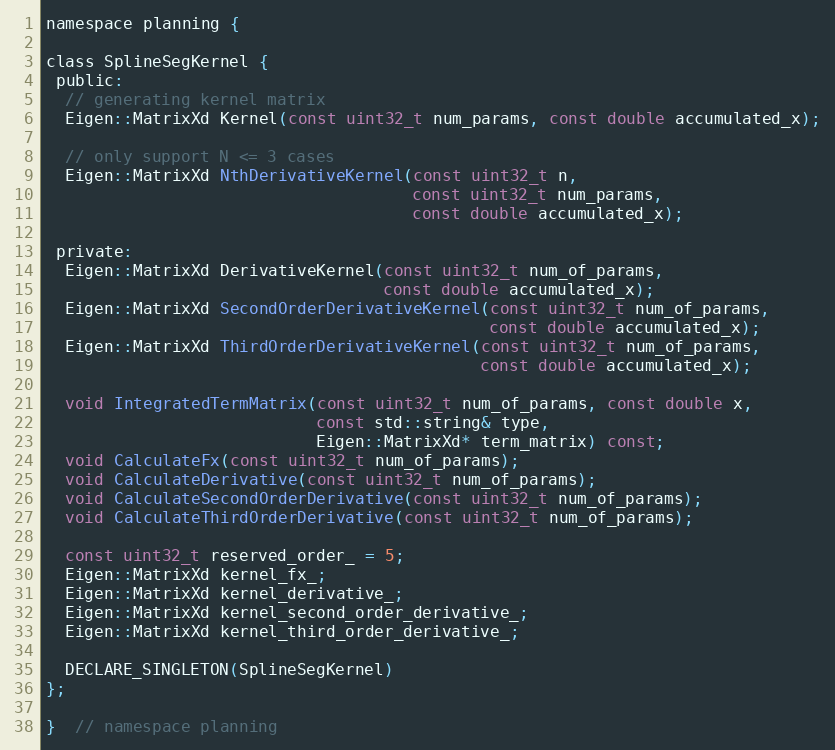
Language: C
namespace planning {

class SplineSegKernel {
 public:
  // generating kernel matrix
  Eigen::MatrixXd Kernel(const uint32_t num_params, const double accumulated_x);

  // only support N <= 3 cases
  Eigen::MatrixXd NthDerivativeKernel(const uint32_t n,
                                      const uint32_t num_params,
                                      const double accumulated_x);

 private:
  Eigen::MatrixXd DerivativeKernel(const uint32_t num_of_params,
                                   const double accumulated_x);
  Eigen::MatrixXd SecondOrderDerivativeKernel(const uint32_t num_of_params,
                                              const double accumulated_x);
  Eigen::MatrixXd ThirdOrderDerivativeKernel(const uint32_t num_of_params,
                                             const double accumulated_x);

  void IntegratedTermMatrix(const uint32_t num_of_params, const double x,
                            const std::string& type,
                            Eigen::MatrixXd* term_matrix) const;
  void CalculateFx(const uint32_t num_of_params);
  void CalculateDerivative(const uint32_t num_of_params);
  void CalculateSecondOrderDerivative(const uint32_t num_of_params);
  void CalculateThirdOrderDerivative(const uint32_t num_of_params);

  const uint32_t reserved_order_ = 5;
  Eigen::MatrixXd kernel_fx_;
  Eigen::MatrixXd kernel_derivative_;
  Eigen::MatrixXd kernel_second_order_derivative_;
  Eigen::MatrixXd kernel_third_order_derivative_;

  DECLARE_SINGLETON(SplineSegKernel)
};

}  // namespace planning